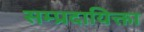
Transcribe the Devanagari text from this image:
सम्प्रदायिक्ता